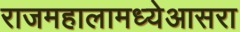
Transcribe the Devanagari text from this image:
राजमहालामध्येआसरा